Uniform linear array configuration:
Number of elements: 16
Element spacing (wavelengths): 0.5
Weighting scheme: binomial
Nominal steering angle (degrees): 30
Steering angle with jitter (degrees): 30.759
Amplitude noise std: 0.05
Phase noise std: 0.05

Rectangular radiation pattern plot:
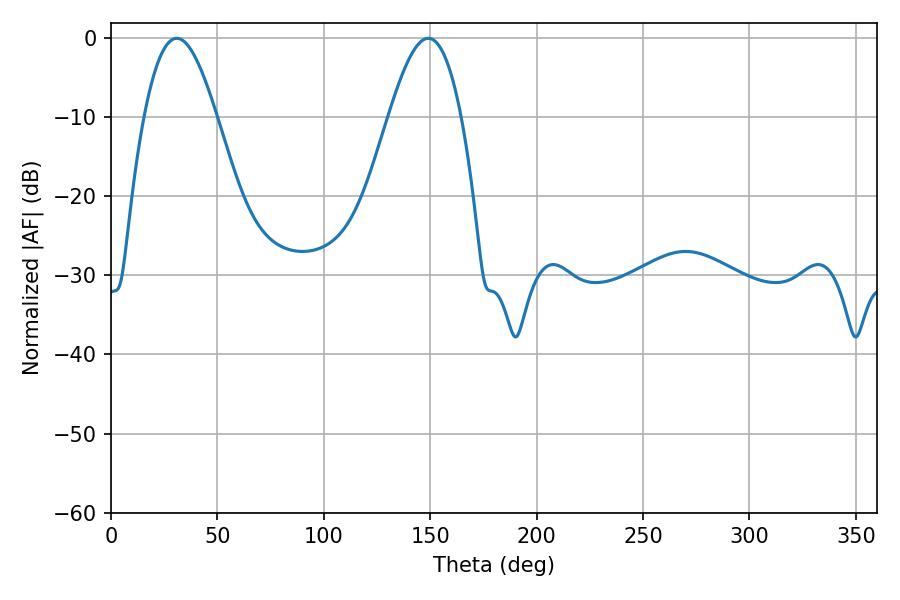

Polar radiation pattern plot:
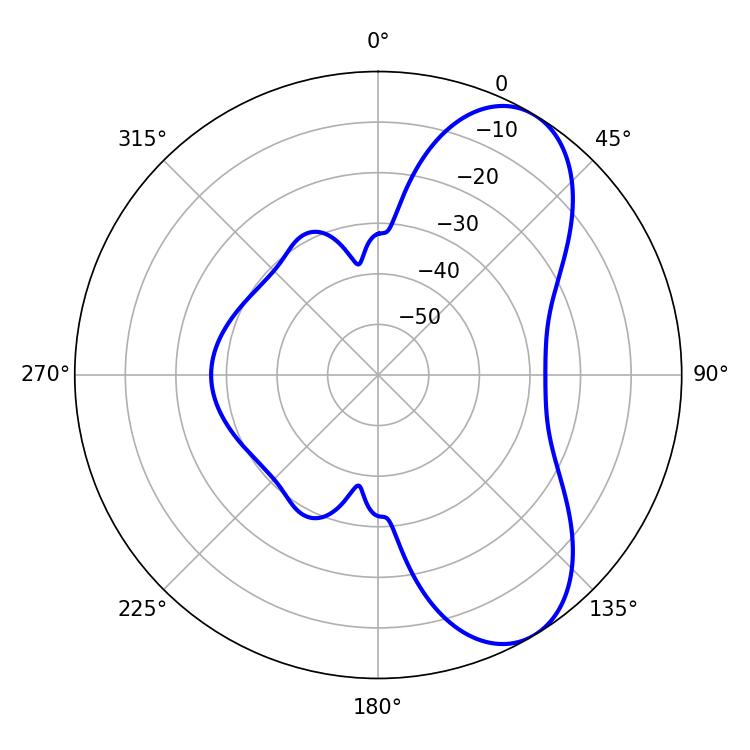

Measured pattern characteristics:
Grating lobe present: FALSE
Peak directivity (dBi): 7.344
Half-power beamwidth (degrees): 18.54
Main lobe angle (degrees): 30.96